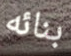
بنائه